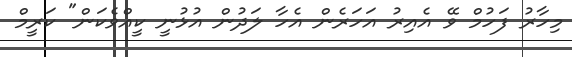
މިހާރު ފަހުމް ވޭ އެއިރު އަހަރެން އެހާ ލަދުން އުޅުނީ ކީއްވެކަން" ކަރީމް